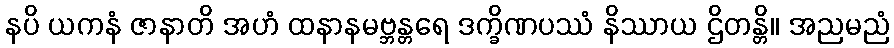
နပိ ယကနံ ဇာနာတိ အဟံ ထနာနမဗ္ဘန္တရေ ဒက္ခိဏပဿံ နိဿာယ ဌိတန္တိ။ အညမညံ